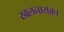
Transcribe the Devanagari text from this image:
खलनायक।